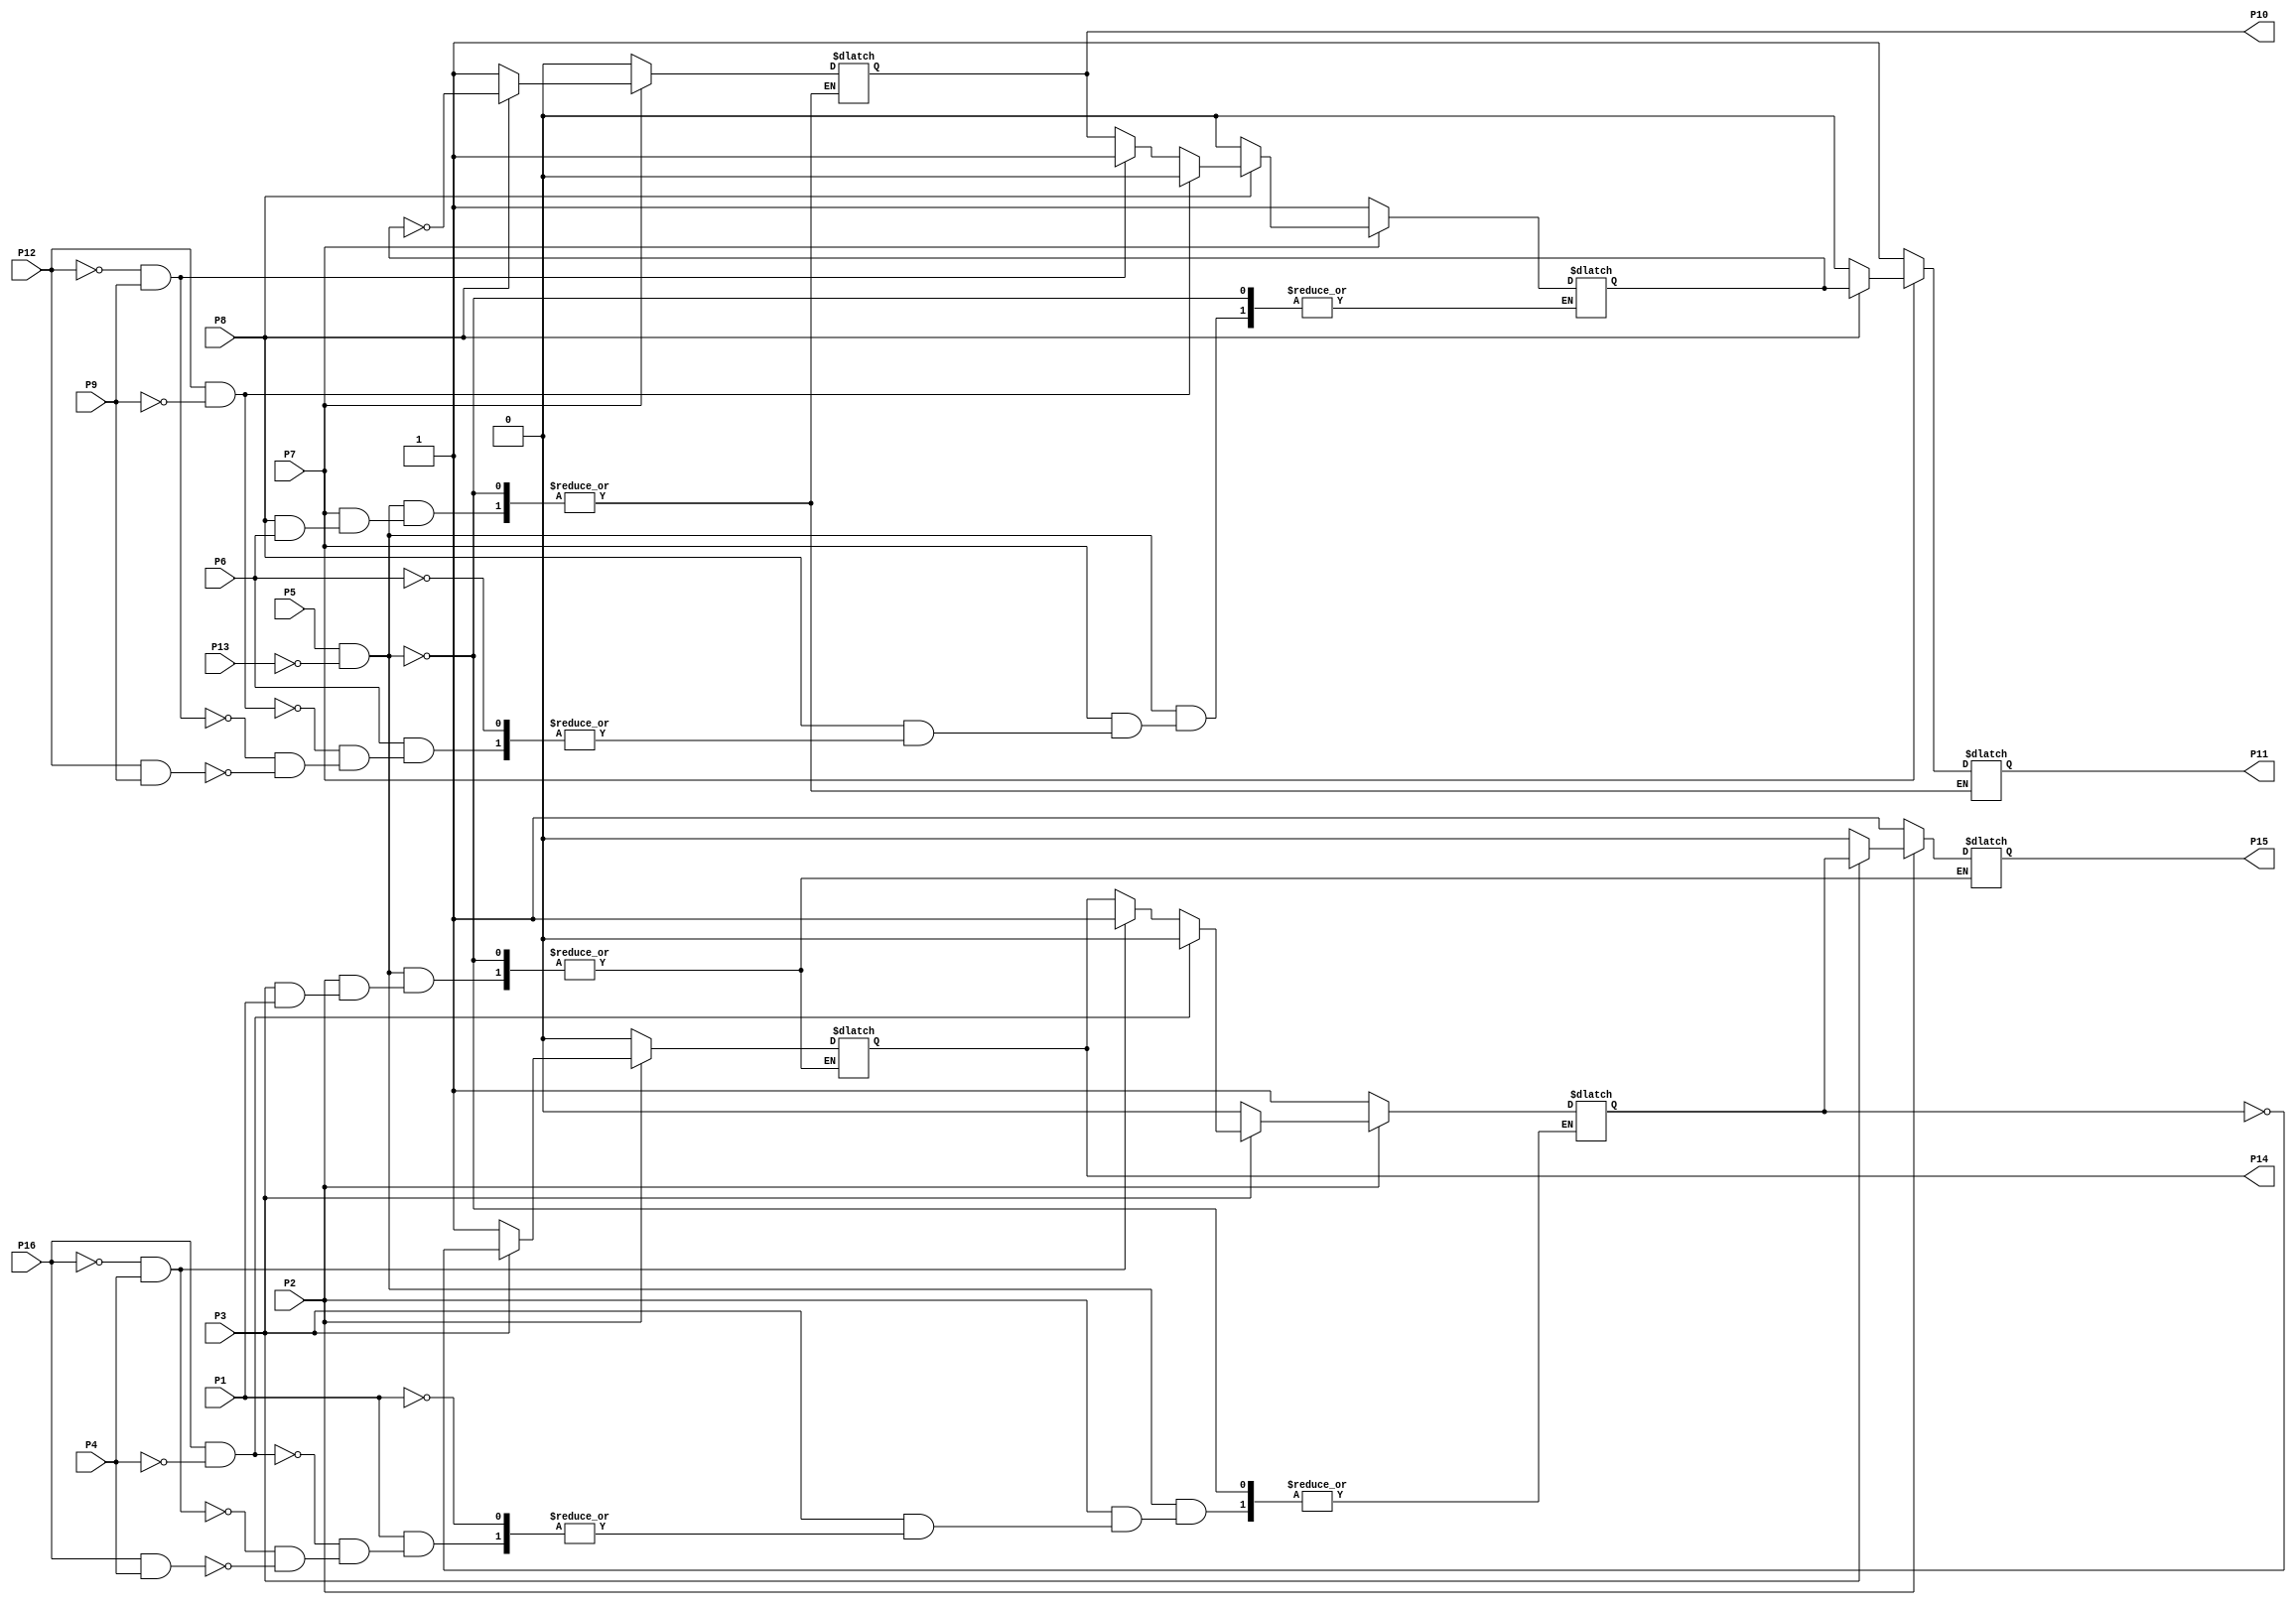
//================================================================--
// Design Unit	: sn7476 (behaviour) 
//
//
// Purpose	: model of TTL SN7476 dual negative master-slave FF IC
//
//
// Environmant	: Icarus
//-------------------------------------------------------------------
// Revision List	
// Version	Author	Date	Changes
// 1.0		PW	Sept 10 New version
//================================================================--

module sn7476 (P1, P2, P3, P4, P5, P6, P7, P8, P9, P10, P11, P12, P13, P14, P15, P16); 

   output reg P10, P11, P14, P15;
   input P1, P2, P3, P4, P5, P6, P7, P8, P9, P12, P13, P16;

   reg master1, master2;

   // FF #1 
   always @ (P2, P3, P1, P4, P16) begin
      if ((P5 == 1'b 1) && (P13 == 1'b 0)) begin
         // async operation
         if (P2 == 1'b 0) begin // assume P3==1
            P15<=1'b 1;
            P14<=1'b 0;
            master1<=1;
         end else if (P3 == 1'b 0) begin //assume P2==1
            P15<=1'b 0;
            P14<=1'b 1;
            master1<=0;
         end else if (P1 == 1'b 1) begin // sync operation
            if ((P16 == 1'b 1) && (P4 == 1'b 0)) 
               master1<=0;
            else if  ((P16 == 1'b 0) && (P4 == 1'b 1)) 
               master1<=1;
            else if ((P16 == 1'b 1) && (P4 == 1'b 1)) 
               master1<=P14;
         end else begin
            P15<=master1;
            P14<=~master1;
         end
      end
   end

   // FF #2 
   always @ (P7, P8, P6, P9, P12) begin
      if ((P5 == 1'b 1) && (P13 == 1'b 0)) begin
         // async operation
         if (P7 == 1'b 0) begin // assume P8==1
            P11<=1'b 1;
            P10<=1'b 0;
            master2<=1;
         end else if (P8 == 1'b 0) begin //assume P7==1
            P11<=1'b 0;
            P10<=1'b 1;
            master2<=0;
         end else if (P6 == 1'b 1) begin // sync operation
            if ((P12 == 1'b 1) && (P9 == 1'b 0)) 
               master2<=0;
            else if  ((P12 == 1'b 0) && (P9 == 1'b 1))
               master2<=1;
            else if ((P12 == 1'b 1) && (P9 == 1'b 1)) 
               master2<=P10;
         end else begin
            P11<=master2;
            P10<=~master2;
         end
      end
   end


endmodule